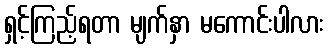
ရှင့်ကြည့်ရတာ မျက်နှာ မကောင်းပါလား